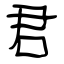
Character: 君